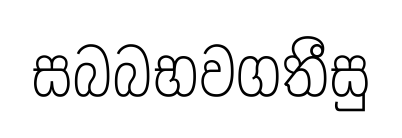
සබබභවගතීසු